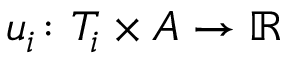
u _ { i } \colon T _ { i } \times A \rightarrow \mathbb { R }